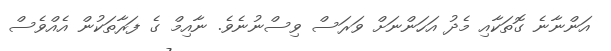
އަންނާނެ ގޮތަކާއި މެދު އަހަންނަށް ވަރަސް ވިސްނުނެވެ. ނާއިމް ގެ ފަރާތަކުން އެއްވެސް